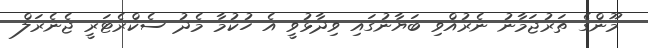
މޫންގެ ތަރުޖަމާނު ނެރުއްވި ބަޔާނުގައި ވިދާޅުވީ އެ ހުކުމާ މެދު ސެކްރެޓަރީ ޖެނެރަލް